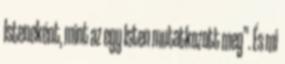
Isteneként, mint az egy Isten mutatkozott meg”. És mi